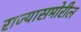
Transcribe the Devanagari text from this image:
राज्यासमोरील